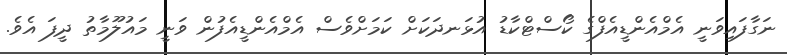
ނަގާފައިވަނީ އެމްއެންޑީއެފްގެ ކޯސްޓްކާޑު އުޅަނދަކަށް ކަމަށްވެސް އެމްއެންޑީއެފުން ވަނީ މައުލޫމާތު ދީފަ އެވެ.